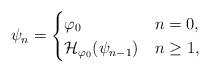
LaTeX: \begin{align*}\psi_n=\begin{cases}\varphi_0 &n=0, \\\mathcal{H}_{\varphi_0}(\psi_{n-1}) &n\ge 1, \end{cases}\end{align*}